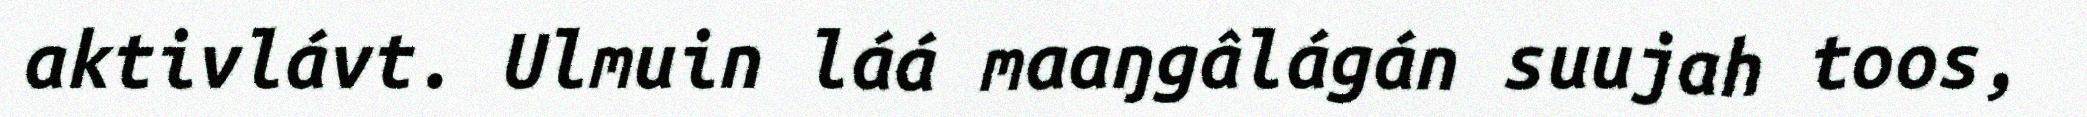
aktivlávt. Ulmuin láá maaŋgâlágán suujah toos,